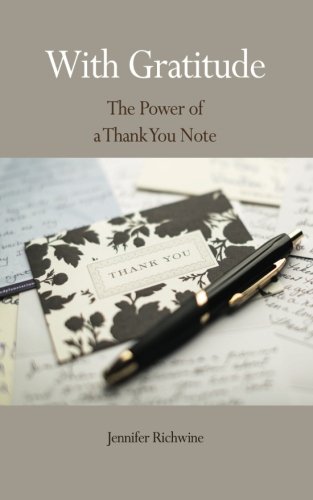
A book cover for With Gratitude: The Power of a Thank You Note; Jennifer Richwine; Business & Money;